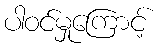
ပါဝင်မှုကြောင့်